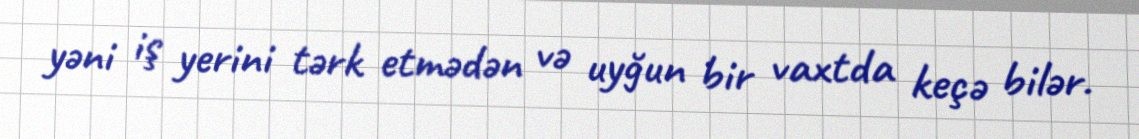
yəni iş yerini tərk etmədən və uyğun bir vaxtda keçə bilər.